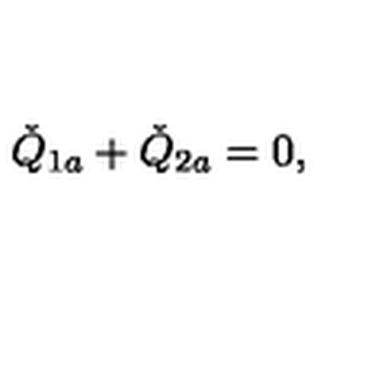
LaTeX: \check { Q } _ { 1 a } + \check { Q } _ { 2 a } = 0 ,